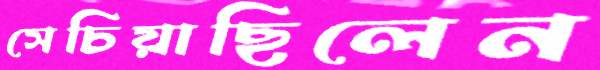
সেচিয়াছিলেন